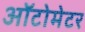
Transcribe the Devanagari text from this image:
ऑटोमेटर